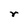
Character: r